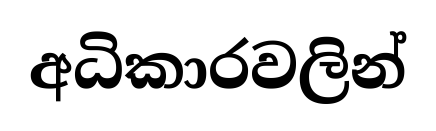
අධිකාරවලින්